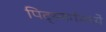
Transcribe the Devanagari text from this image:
पिट्स्बर्गमध्ये